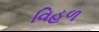
વિહળ